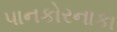
પાનકોરનાકા